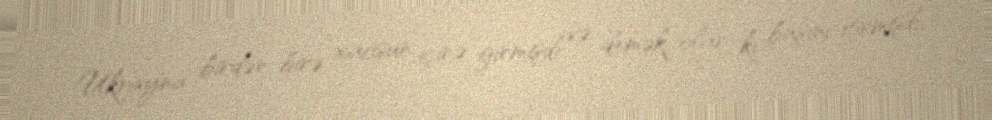
Ukrayna birdən-birə xaosun içinə girmişdi və demək olar ki, başını itirmişdi,